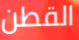
القطن